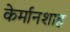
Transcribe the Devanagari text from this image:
केर्मानशाह